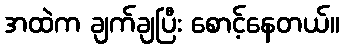
အထဲက ချက်ချပြီး စောင့်နေတယ်။